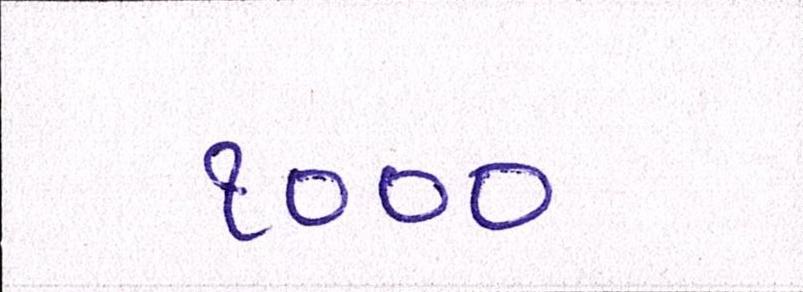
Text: ૧૦૦૦